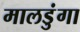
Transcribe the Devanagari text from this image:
मालडुंगा